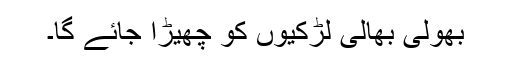
بھولی بھالی لڑکیوں کو چھیڑا جائے گا۔